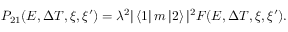
P _ { 2 1 } ( E , \Delta T , \xi , \xi ^ { \prime } ) = \lambda ^ { 2 } | \left< 1 \right| m \left| 2 \right> | ^ { 2 } F ( E , \Delta T , \xi , \xi ^ { \prime } ) .